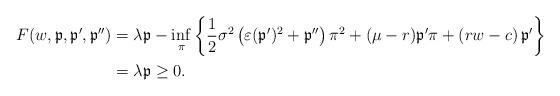
LaTeX: \begin{align*}F(w,\mathfrak{p}, \mathfrak{p}', \mathfrak{p}'')&=\lambda \mathfrak{p}-\inf_{\pi}\left\{\frac{1}{2}\sigma^2\left(\varepsilon (\mathfrak{p}')^2+\mathfrak{p}''\right)\pi^2+(\mu-r)\mathfrak{p}'\pi+\left(rw-c\right)\mathfrak{p}'\right\}\\&=\lambda \mathfrak{p}\geq 0.\end{align*}